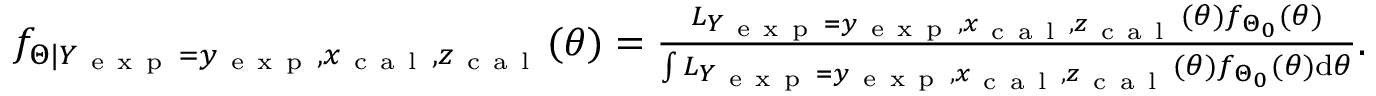
\begin{array} { r } { f _ { \Theta | Y _ { \mathrm { ~ e ~ x ~ p ~ } } = y _ { \mathrm { ~ e ~ x ~ p ~ } } , x _ { \mathrm { ~ c ~ a ~ l ~ } } , z _ { \mathrm { ~ c ~ a ~ l ~ } } } ( \theta ) = \frac { L _ { Y _ { \mathrm { ~ e ~ x ~ p ~ } } = y _ { \mathrm { ~ e ~ x ~ p ~ } } , x _ { \mathrm { ~ c ~ a ~ l ~ } } , z _ { \mathrm { ~ c ~ a ~ l ~ } } } ( \theta ) f _ { \Theta _ { 0 } } ( \theta ) } { \int L _ { Y _ { \mathrm { ~ e ~ x ~ p ~ } } = y _ { \mathrm { ~ e ~ x ~ p ~ } } , x _ { \mathrm { ~ c ~ a ~ l ~ } } , z _ { \mathrm { ~ c ~ a ~ l ~ } } } ( \theta ) f _ { \Theta _ { 0 } } ( \theta ) \mathrm { d } \theta } . } \end{array}